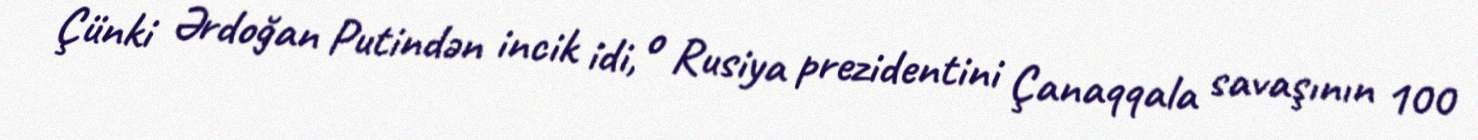
Çünki Ərdoğan Putindən incik idi, o Rusiya prezidentini Çanaqqala savaşının 100